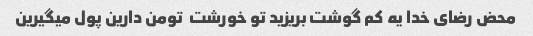
محض رضای خدا یه کم گوشت بریزید تو خورشت  تومن دارین پول میگیرین